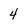
Character: 4